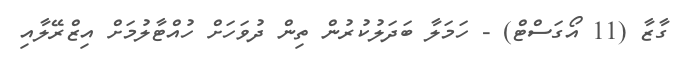
ގާޒާ (11 އޯގަސްޓް) - ހަމަލާ ބަދަލުކުރުން ތިން ދުވަހަށް ހުއްޓާލުމަށް އިޒްރޭލާއި